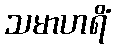
သမာဟရိံ